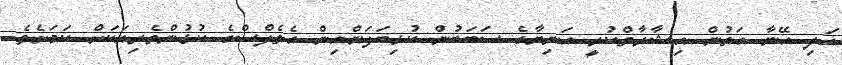
އަދި އޭނާ އަތުން އިޝާރާތްކުރީ އަނިޔާގެ ސަބަބުން ކުޅިބަލަންއިން އެތެލްސްގެ ކުޅުންތެރިއަކަށް ކަމަށެވެ.